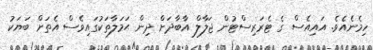
ހިމެނެއެވެ. އައިއެސް ގެ ޓެރަރިސްޓުން ޖަލާލް އާބާދަށް ދިން ޙަމަލާތަކުގައިވެސް އެތަށް ބަޔަކު